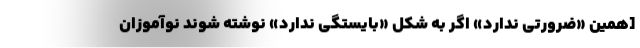
[همین «ضرورتی ندارد» اگر به شکل «بایستگی ندارد» نوشته شوند نوآموزان